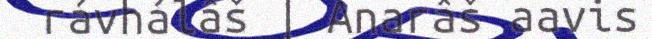
rávhálâš | Anarâš aavis